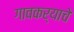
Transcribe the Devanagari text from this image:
गावकर्याचे